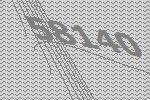
58140